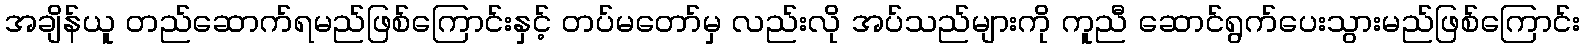
အချိန်ယူ တည်ဆောက်ရမည်ဖြစ်ကြောင်းနှင့် တပ်မတော်မှ လည်းလို အပ်သည်များကို ကူညီ ဆောင်ရွက်ပေးသွားမည်ဖြစ်ကြောင်း